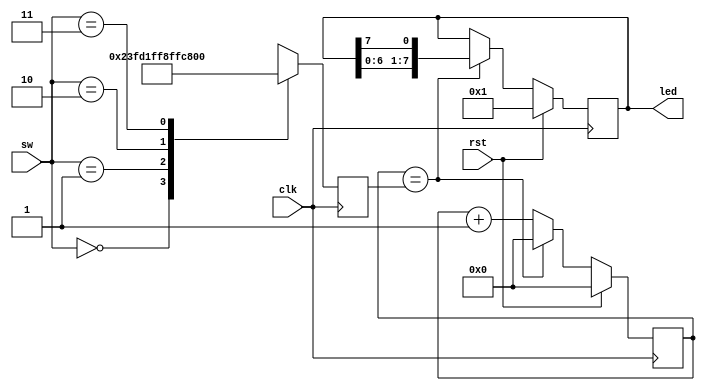
module blink(
	input clk,
	input rst,
	input [1:0] sw,
	output reg [7:0] led
);
  
reg [13:0] cntr;
reg [13:0] cmp;

always @(posedge clk)
	if(rst)
		begin
			cntr <= 14'b0;
			led <= 8'b1;
		end
	else if(en)
		begin
			cntr <= 13'b0;
			led <= {led[6:0], led[7]};
		end
	else
		cntr <= cntr + 13'b1;

always @(posedge clk)
	case (sw)
		2'b0: cmp <= 3999999;
		2'b1: cmp <= 7999999;
		2'b10: cmp <= 15999999;
		2'b11: cmp <= 31999999;
	endcase
	
assign en = (cntr == cmp);

endmodule